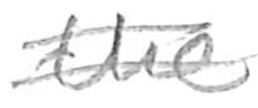
Text: the
Cross-out: double-line
Writing tool: pencil